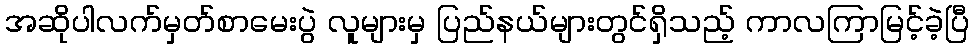
အဆိုပါလက်မှတ်စာမေးပွဲ လူများမှ ပြည်နယ်များတွင်ရှိသည့် ကာလကြာမြင့်ခဲ့ပြီ